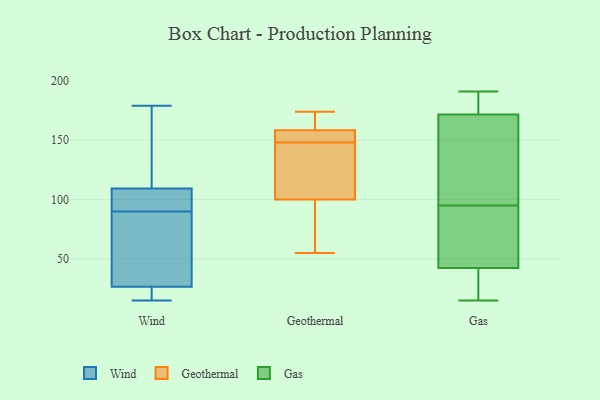
{"axis": {"x": "Waste Production (Tons)", "y": "Value"}, "legend": ["Gas", "Geothermal", "Wind"], "data": [{"x": "", "y": 23, "type": "Wind"}, {"x": "", "y": 111, "type": "Wind"}, {"x": "", "y": 76, "type": "Wind"}, {"x": "", "y": 15, "type": "Wind"}, {"x": "", "y": 179, "type": "Wind"}, {"x": "", "y": 16, "type": "Wind"}, {"x": "", "y": 37, "type": "Wind"}, {"x": "", "y": 98, "type": "Wind"}, {"x": "", "y": 90, "type": "Wind"}, {"x": "", "y": 104, "type": "Wind"}, {"x": "", "y": 137, "type": "Wind"}, {"x": "", "y": 160, "type": "Geothermal"}, {"x": "", "y": 55, "type": "Geothermal"}, {"x": "", "y": 112, "type": "Geothermal"}, {"x": "", "y": 58, "type": "Geothermal"}, {"x": "", "y": 150, "type": "Geothermal"}, {"x": "", "y": 88, "type": "Geothermal"}, {"x": "", "y": 146, "type": "Geothermal"}, {"x": "", "y": 174, "type": "Geothermal"}, {"x": "", "y": 152, "type": "Geothermal"}, {"x": "", "y": 157, "type": "Geothermal"}, {"x": "", "y": 166, "type": "Geothermal"}, {"x": "", "y": 113, "type": "Geothermal"}, {"x": "", "y": 188, "type": "Gas"}, {"x": "", "y": 97, "type": "Gas"}, {"x": "", "y": 95, "type": "Gas"}, {"x": "", "y": 191, "type": "Gas"}, {"x": "", "y": 15, "type": "Gas"}, {"x": "", "y": 44, "type": "Gas"}, {"x": "", "y": 153, "type": "Gas"}, {"x": "", "y": 170, "type": "Gas"}, {"x": "", "y": 80, "type": "Gas"}, {"x": "", "y": 177, "type": "Gas"}, {"x": "", "y": 66, "type": "Gas"}, {"x": "", "y": 31, "type": "Gas"}, {"x": "", "y": 37, "type": "Gas"}, {"x": "", "y": 190, "type": "Gas"}, {"x": "", "y": 115, "type": "Gas"}, {"x": "", "y": 64, "type": "Gas"}, {"x": "", "y": 18, "type": "Gas"}]}